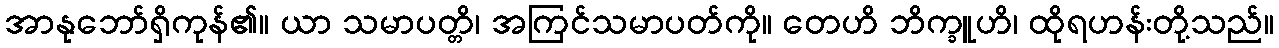
အာနုဘော်ရှိကုန်၏။ ယာ သမာပတ္တိ၊ အကြင်သမာပတ်ကို။ တေဟိ ဘိက္ခူဟိ၊ ထိုရဟန်းတို့သည်။